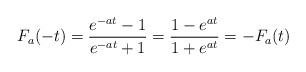
LaTeX: \begin{align*}F_a(-t)=\frac{e^{-at}-1}{e^{-at}+1}=\frac{1-e^{at}}{1+e^{at}}=-F_a(t)\end{align*}